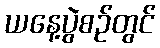
ယနေ့ပွဲစဉ်တွင်